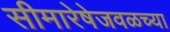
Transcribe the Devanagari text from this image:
सीमारेषेजवळच्या